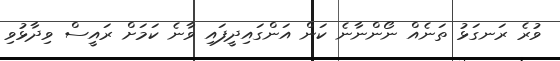
ވުރެ ރަނގަޅު ތަނެއް ނޯންނާނެ ކަން އަންގައިދީފައި ވާނެ ކަމަށް ރައީސް ވިދާޅުވި